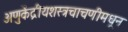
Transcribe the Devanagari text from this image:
अणुकेंद्रीयशस्‍त्रचाचणीमधून